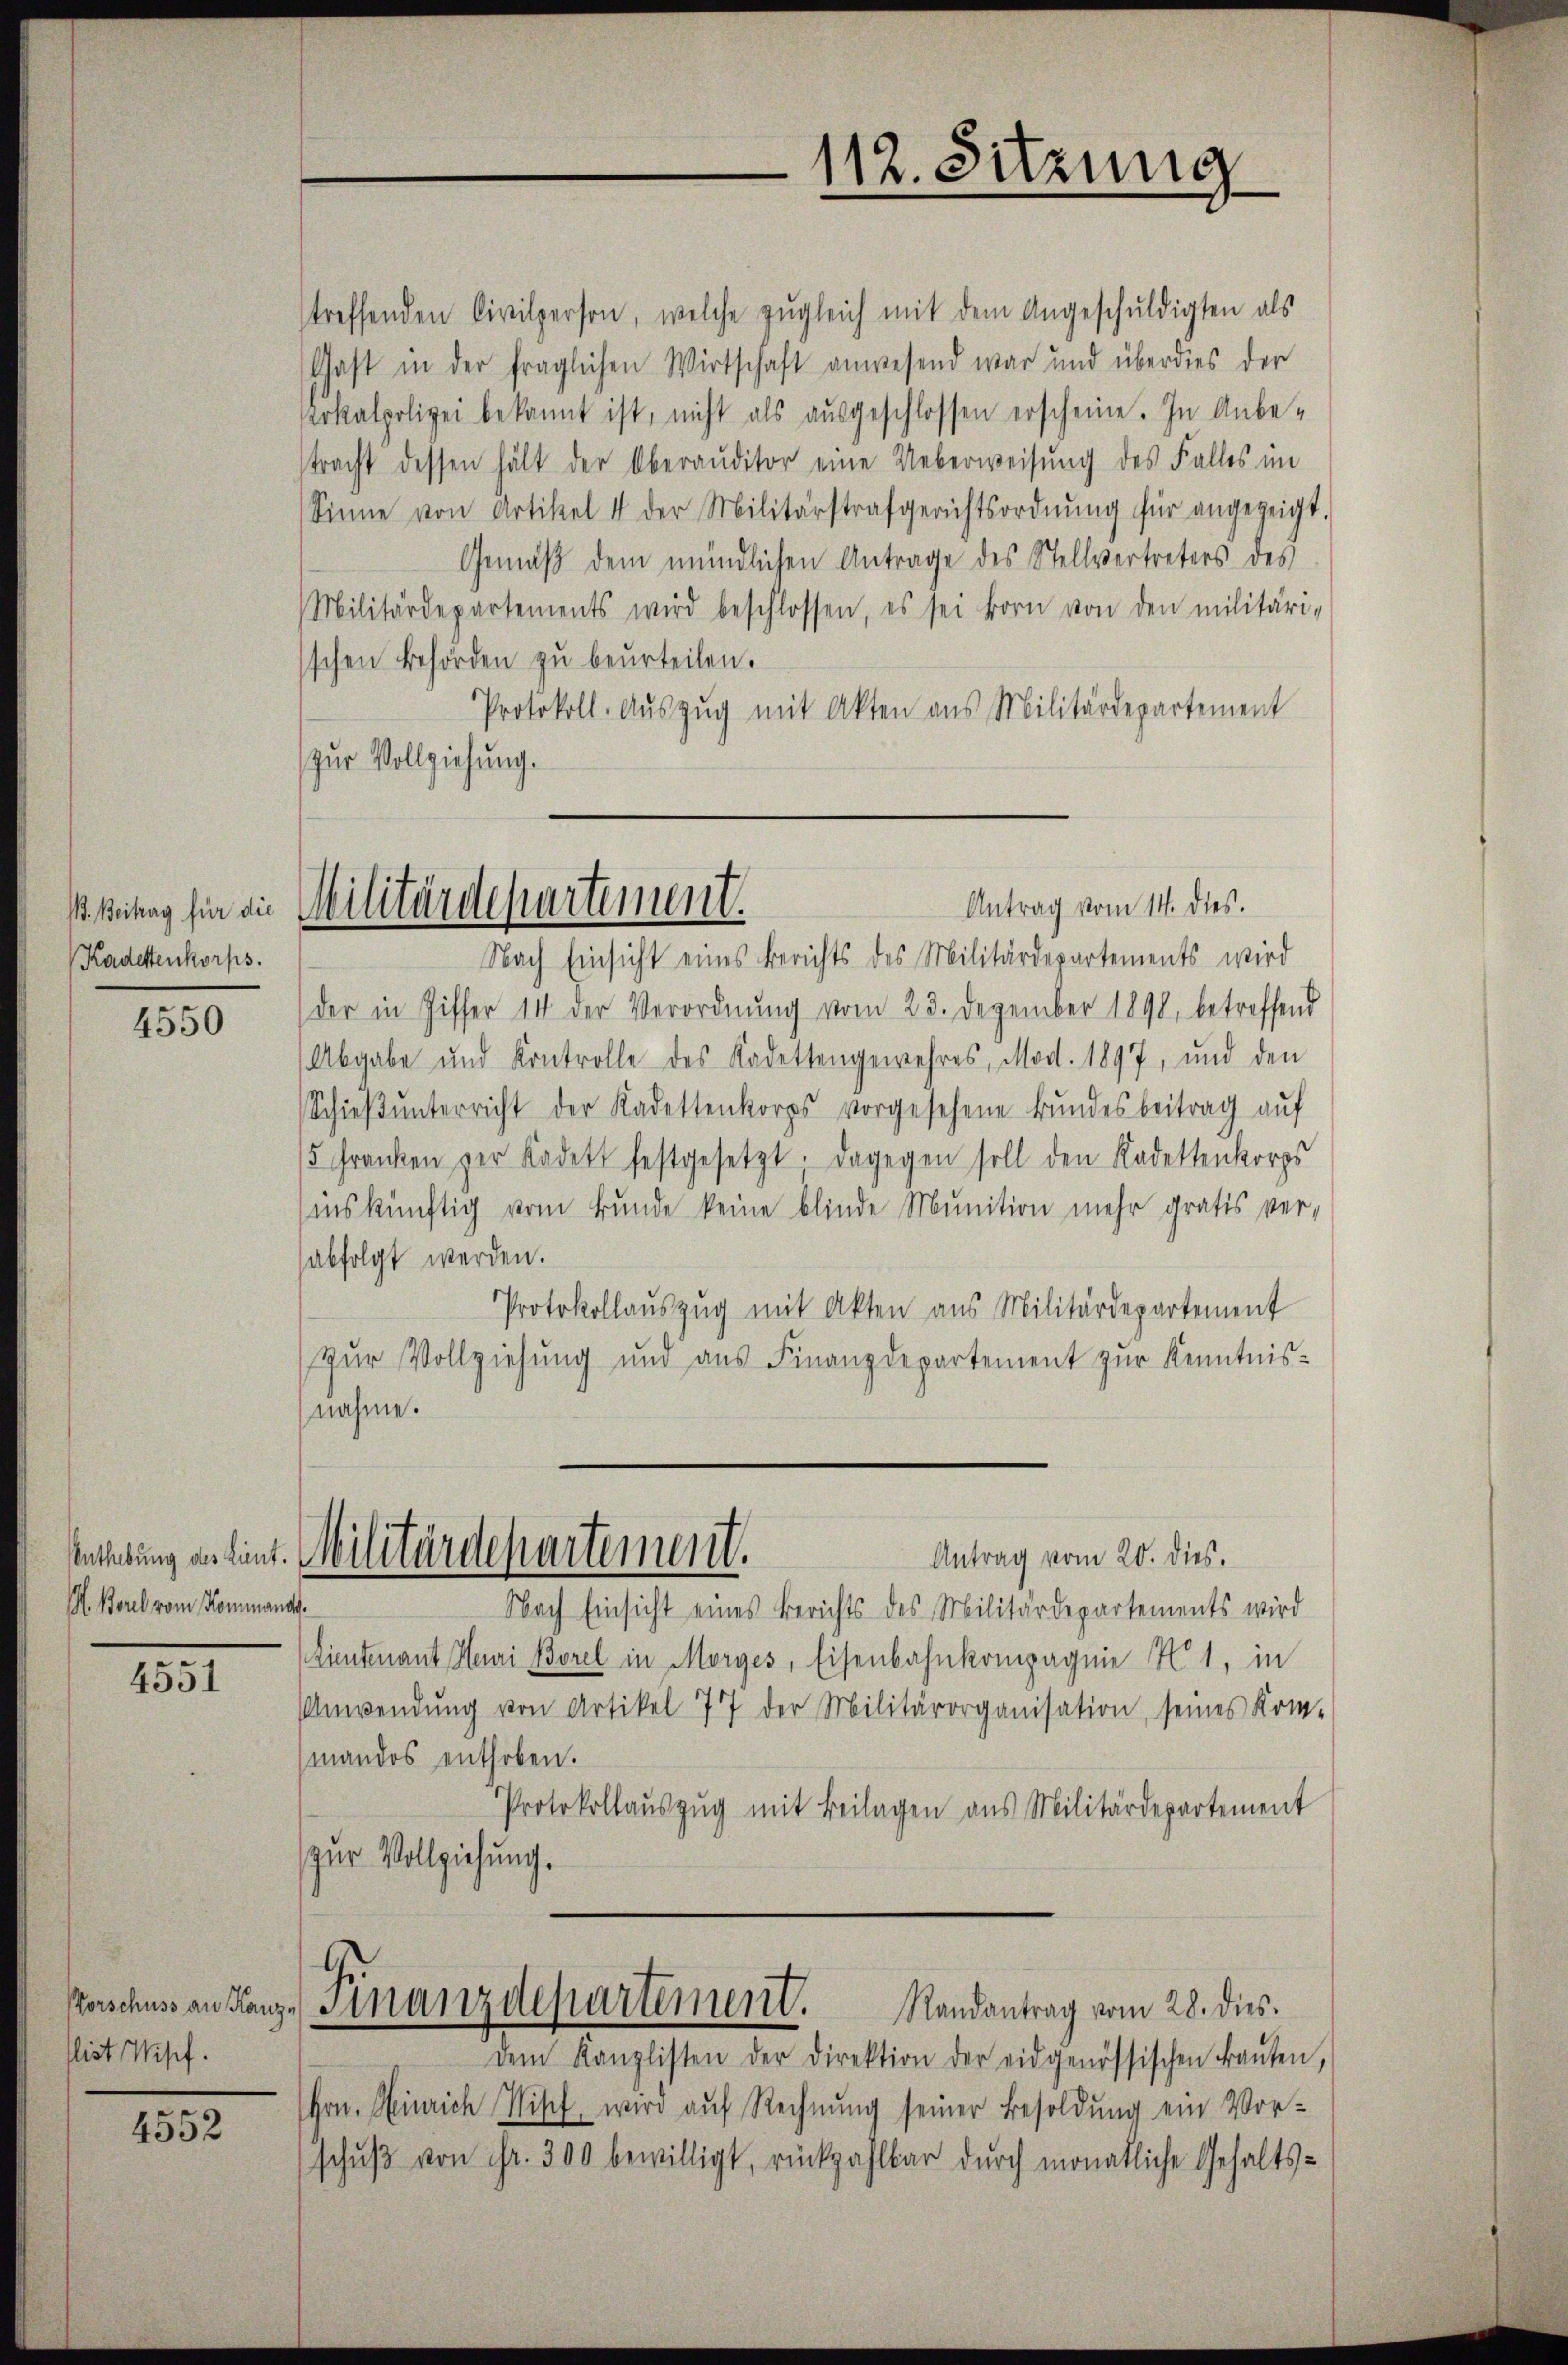
B. Beitrag für die
Kadettenkorps.

4550

M. Borel vom Kommande.

4551

flist Wipf.

4552

streffenden Civilperson, welche zŭgleich mit dem Angeschuldigten als
Gast in der fraglichen Wirtschaft anwesend war und überdies der
okalpolizei bekannt ist, nicht als aŭsgeschlossen erscheine. In Anbe-
tracht dessen hält der Oberauditor eine Ueberweisung des Falles im
Sinne von Artikel 4 der Militärstrafgerichtsordnŭng für angezeigt.
Gemäß dem mündlichen Antrage des Stellvertreters des
Militärdepartements wird beschlossen, es sei korn von den militäri-
sschen Behörden zu beurteilen.
Protokoll. Auszug mit Akten aus Militärdepartement
zur Vollziehung.
Nach Einsicht eines Berichts des Militärdepartements wird
der in Ziffer 14 der Verordnŭng vom 23. Dezember 1890, betreffend
Abgabe und Kontrolle des Kadettengewehres, Mad. 1897, und den
Schieβŭnterricht der Kadettenkorps vorgesehene Bŭndesbeitrag aŭf
5 Franken der Kadett festgesetzt. Dagegen soll den Kadettenkorps
inskünftig vom Bunde keine blinde Munition mehr gratis ver-
abfolgt werden.
Protokollauszug mit Akten aus Militärdepartement
zur Vollziehung und aus Finanzdepartement zur Kenntnisnahme.
Enthebung des kant. Militärdepartement.
Antrag vom 20. dies.
Nach Einsicht eines Berichts des Militärdepartements wird
Lientenant Heuri Borel in Morges, Eisenbahnkompagnie N. 1, in
Anwendŭng von Artikel 77 der Militärorganisation, seines Kom-
mandos enthoben.
Protokollauszug mit Beilagen aus Militärdepartement
zur Vollziehung.
orschuss anstanz. Finanzdepartement. Randantrag vom 28. dies.
dem Kanzlisten der Direktion der eidgenössischen Baŭten,
Hrn. Heinrich Nisch, wird aŭf Rechnŭng seiner Besoldŭng ein Vor-
schŭβ von Fr. 300 bewilligt, rückzahlbar durch monatliche Gehalts¬

112. Sitzung

Antrag vom 14. dies.
Militärdepartement.